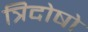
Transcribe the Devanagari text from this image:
त्रिदोषो